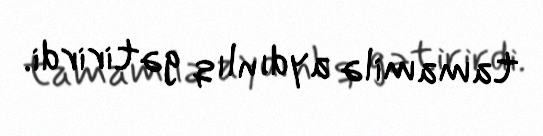
tamamilə aydınlıq gətirirdi.